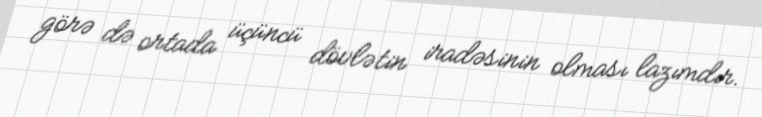
görə də ortada üçüncü dövlətin iradəsinin olması lazımdır.